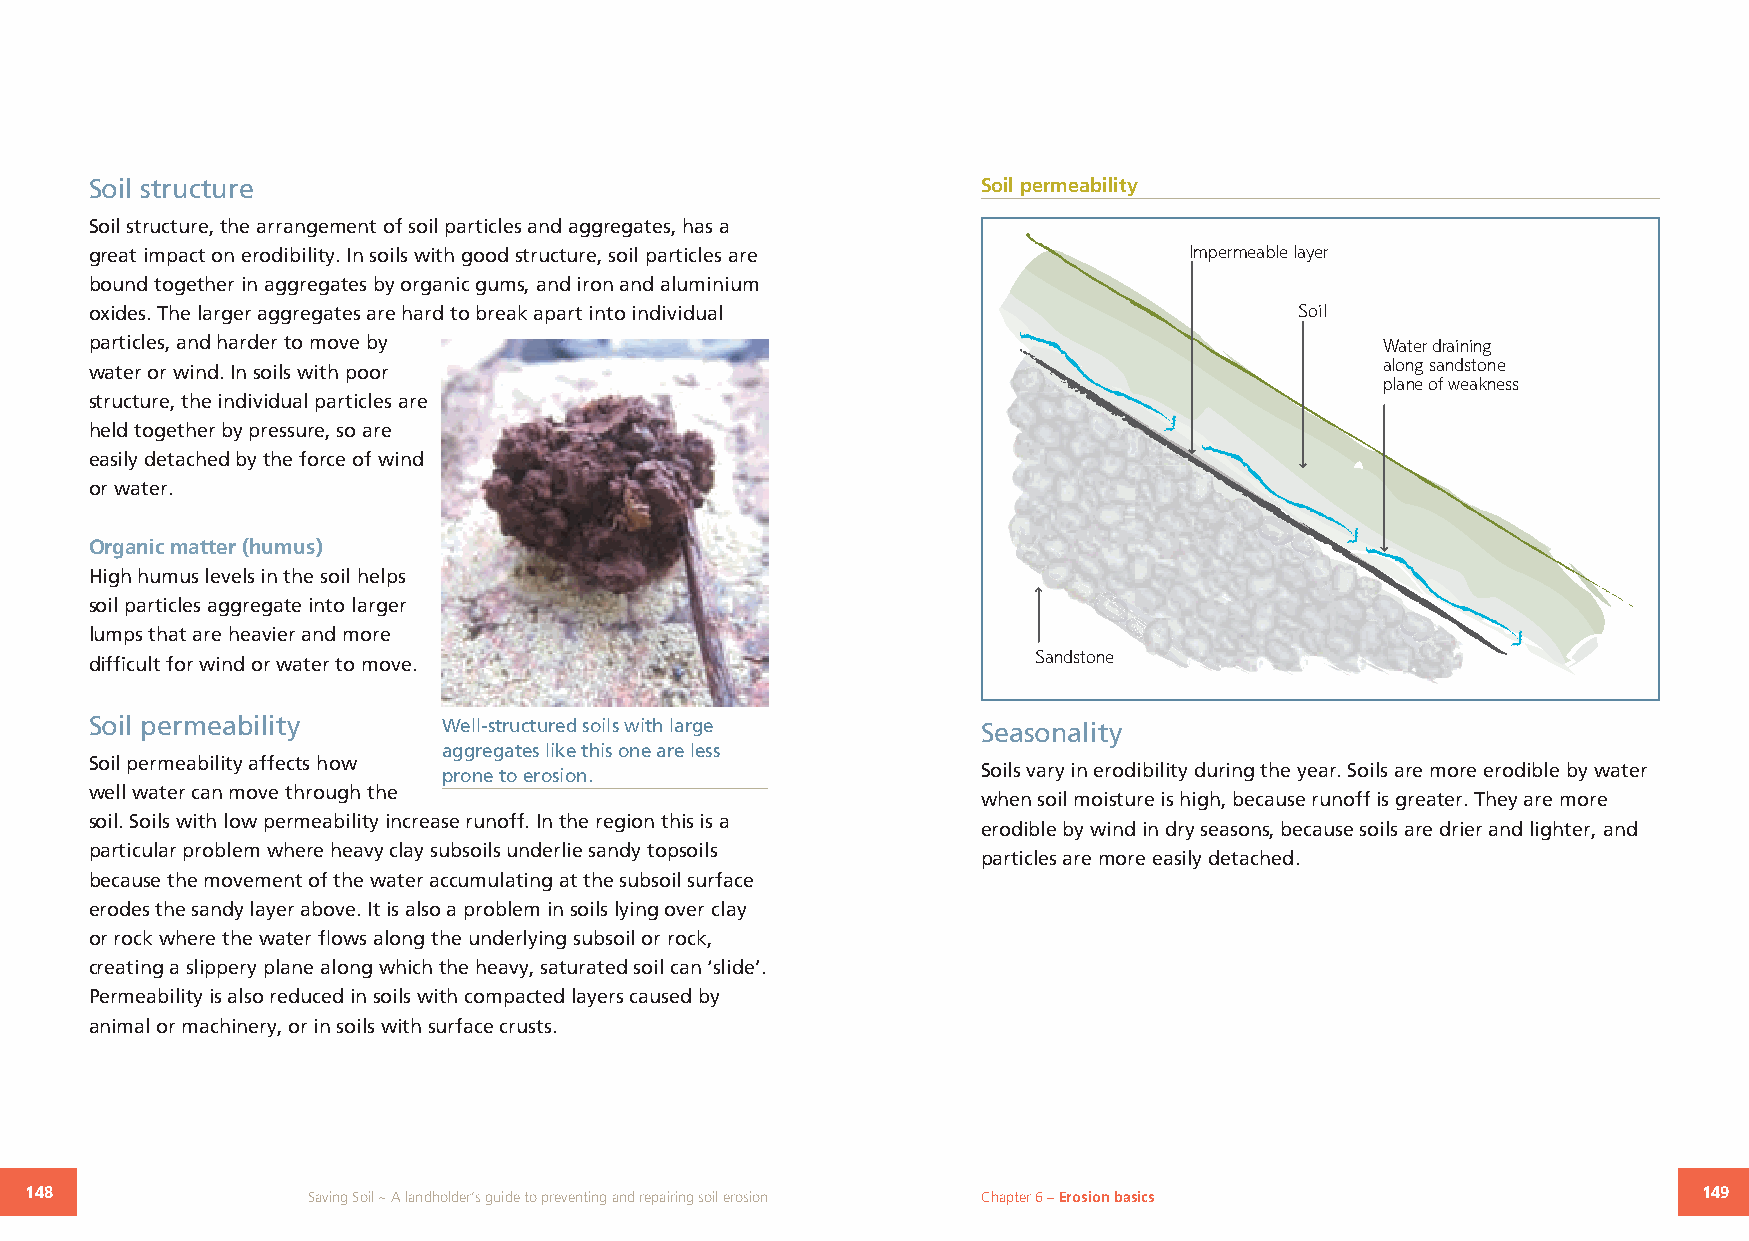
Soil structure                                             Soil permeability
 Soil structure, the arrangement of soil particles and aggregates, has a
 great impact on erodibility. In soils with good structure, soil particles are Impermeable layer
 bound together in aggregates by organic gums, and iron and aluminium
 oxides. The larger aggregates are hard to break apart into individual           Soil
 particles, and harder to move by                                                      Water draining
 along sandstone
 water or wind. In soils with poor
 plane of weakness
 structure, the individual particles are
 held together by pressure, so are
 easily detached by the force of wind
 or water.
 Organic matter (humus)
 High humus levels in the soil helps
 soil particles aggregate into larger
 lumps that are heavier and more
 Sandstone
 difficult for wind or water to move.
 Soil permeability      Well-structured soils with large    Seasonality
 aggregates like this one are less
 Soil permeability affects how
 prone to erosion.                   Soils vary in erodibility during the year. Soils are more erodible by water
 well water can move through the
 when soil moisture is high, because runoff is greater. They are more
 soil. Soils with low permeability increase runoff. In the region this is a
 erodible by wind in dry seasons, because soils are drier and lighter, and
 particular problem where heavy clay subsoils underlie sandy topsoils
 particles are more easily detached.
 because the movement of the water accumulating at the subsoil surface
 erodes the sandy layer above. It is also a problem in soils lying over clay
 or rock where the water flows along the underlying subsoil or rock,
 creating a slippery plane along which the heavy, saturated soil can ‘slide’.
 Permeability is also reduced in soils with compacted layers caused by
 animal or machinery, or in soils with surface crusts.
 148               Saving Soil ~ A landholder’s guide to preventing and repairing soil erosion Chapter 6 – Erosion basics 149